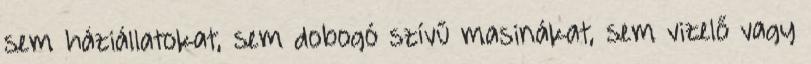
sem háziállatokat, sem dobogó szívű masinákat, sem vizelő vagy